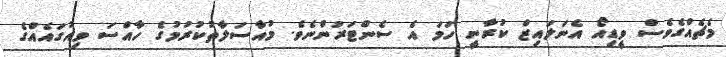
މެޗެއްގެވެސް ވީޑިއޯ އެނަލައިޒް ކުރާނީ ހަމަ އެ ސެންޓަރުންނެވެ. މުއާސަލާތުކުރުމުގެ ހާއްސަ ވިއުގައެއްގެ